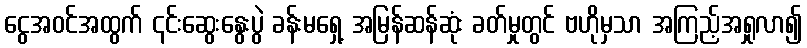
ငွေအဝင်အထွက် ၎င်းဆွေးနွေးပွဲ ခန်းမရှေ့ အမြန်ဆန်ဆုံး ခတ်မှုတွင် ဗဟိုမှသာ အကြည့်အရှုလာ၍